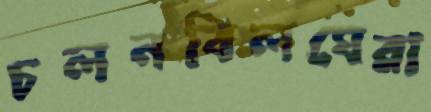
চলনবিলঘেরা